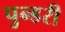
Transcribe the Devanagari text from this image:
पुन्डरी